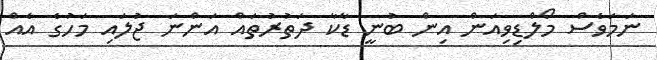
ނަމަވެސް މޯލްޑިވިއަން އިން ބުނީ ޑާކާ ދަތުރުތައް އަންނަ ޖުލައި މަހުގެ އެއް